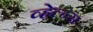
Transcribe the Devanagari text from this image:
व्हेल्न्स